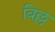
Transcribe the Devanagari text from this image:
बिल्ल